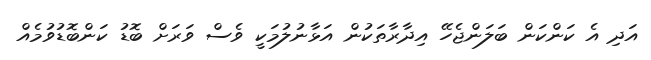
އަދި އެ ކަންކަން ބަލަންޖެހޭ އިދާރާތަކުން އަޅާނުލުމަކީ ވެސް ވަރަށް ބޮޑު ކަންބޮޑުވުމެއް